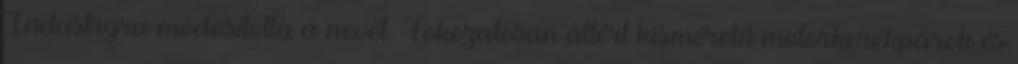
Industryra módosította a nevét. Fokozatosan áttért kisméretű motorkerékpárok és